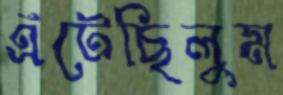
এঁটেছিলুম